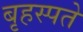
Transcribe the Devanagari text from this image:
बृहस्पते